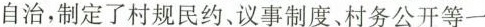
自治，制定了村规民约、议事制度、村务公开等一